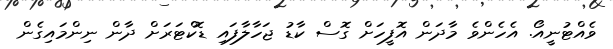
ވެއްޓުނީއޯ. އެހެންވެ މާދަން އޮފީހަށް ގޮސް ކާޑު ޖަހާލާފައި ޑޮކްޓަރަށް ދާން ނިންމައިގެން